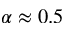
\alpha \approx 0 . 5